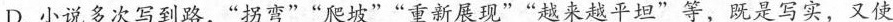
D.小说多次写到路，“拐弯”“爬坡”“重新展现”“越来越平坦”等，既是写实，又使